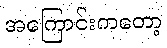
အကြောင်းကတော့